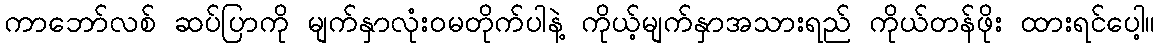
ကာဘော်လစ် ဆပ်ပြာကို မျက်နှာလုံးဝမတိုက်ပါနဲ့ ကိုယ့်မျက်နှာအသားရည် ကိုယ်တန်ဖိုး ထားရင်ပေါ့။